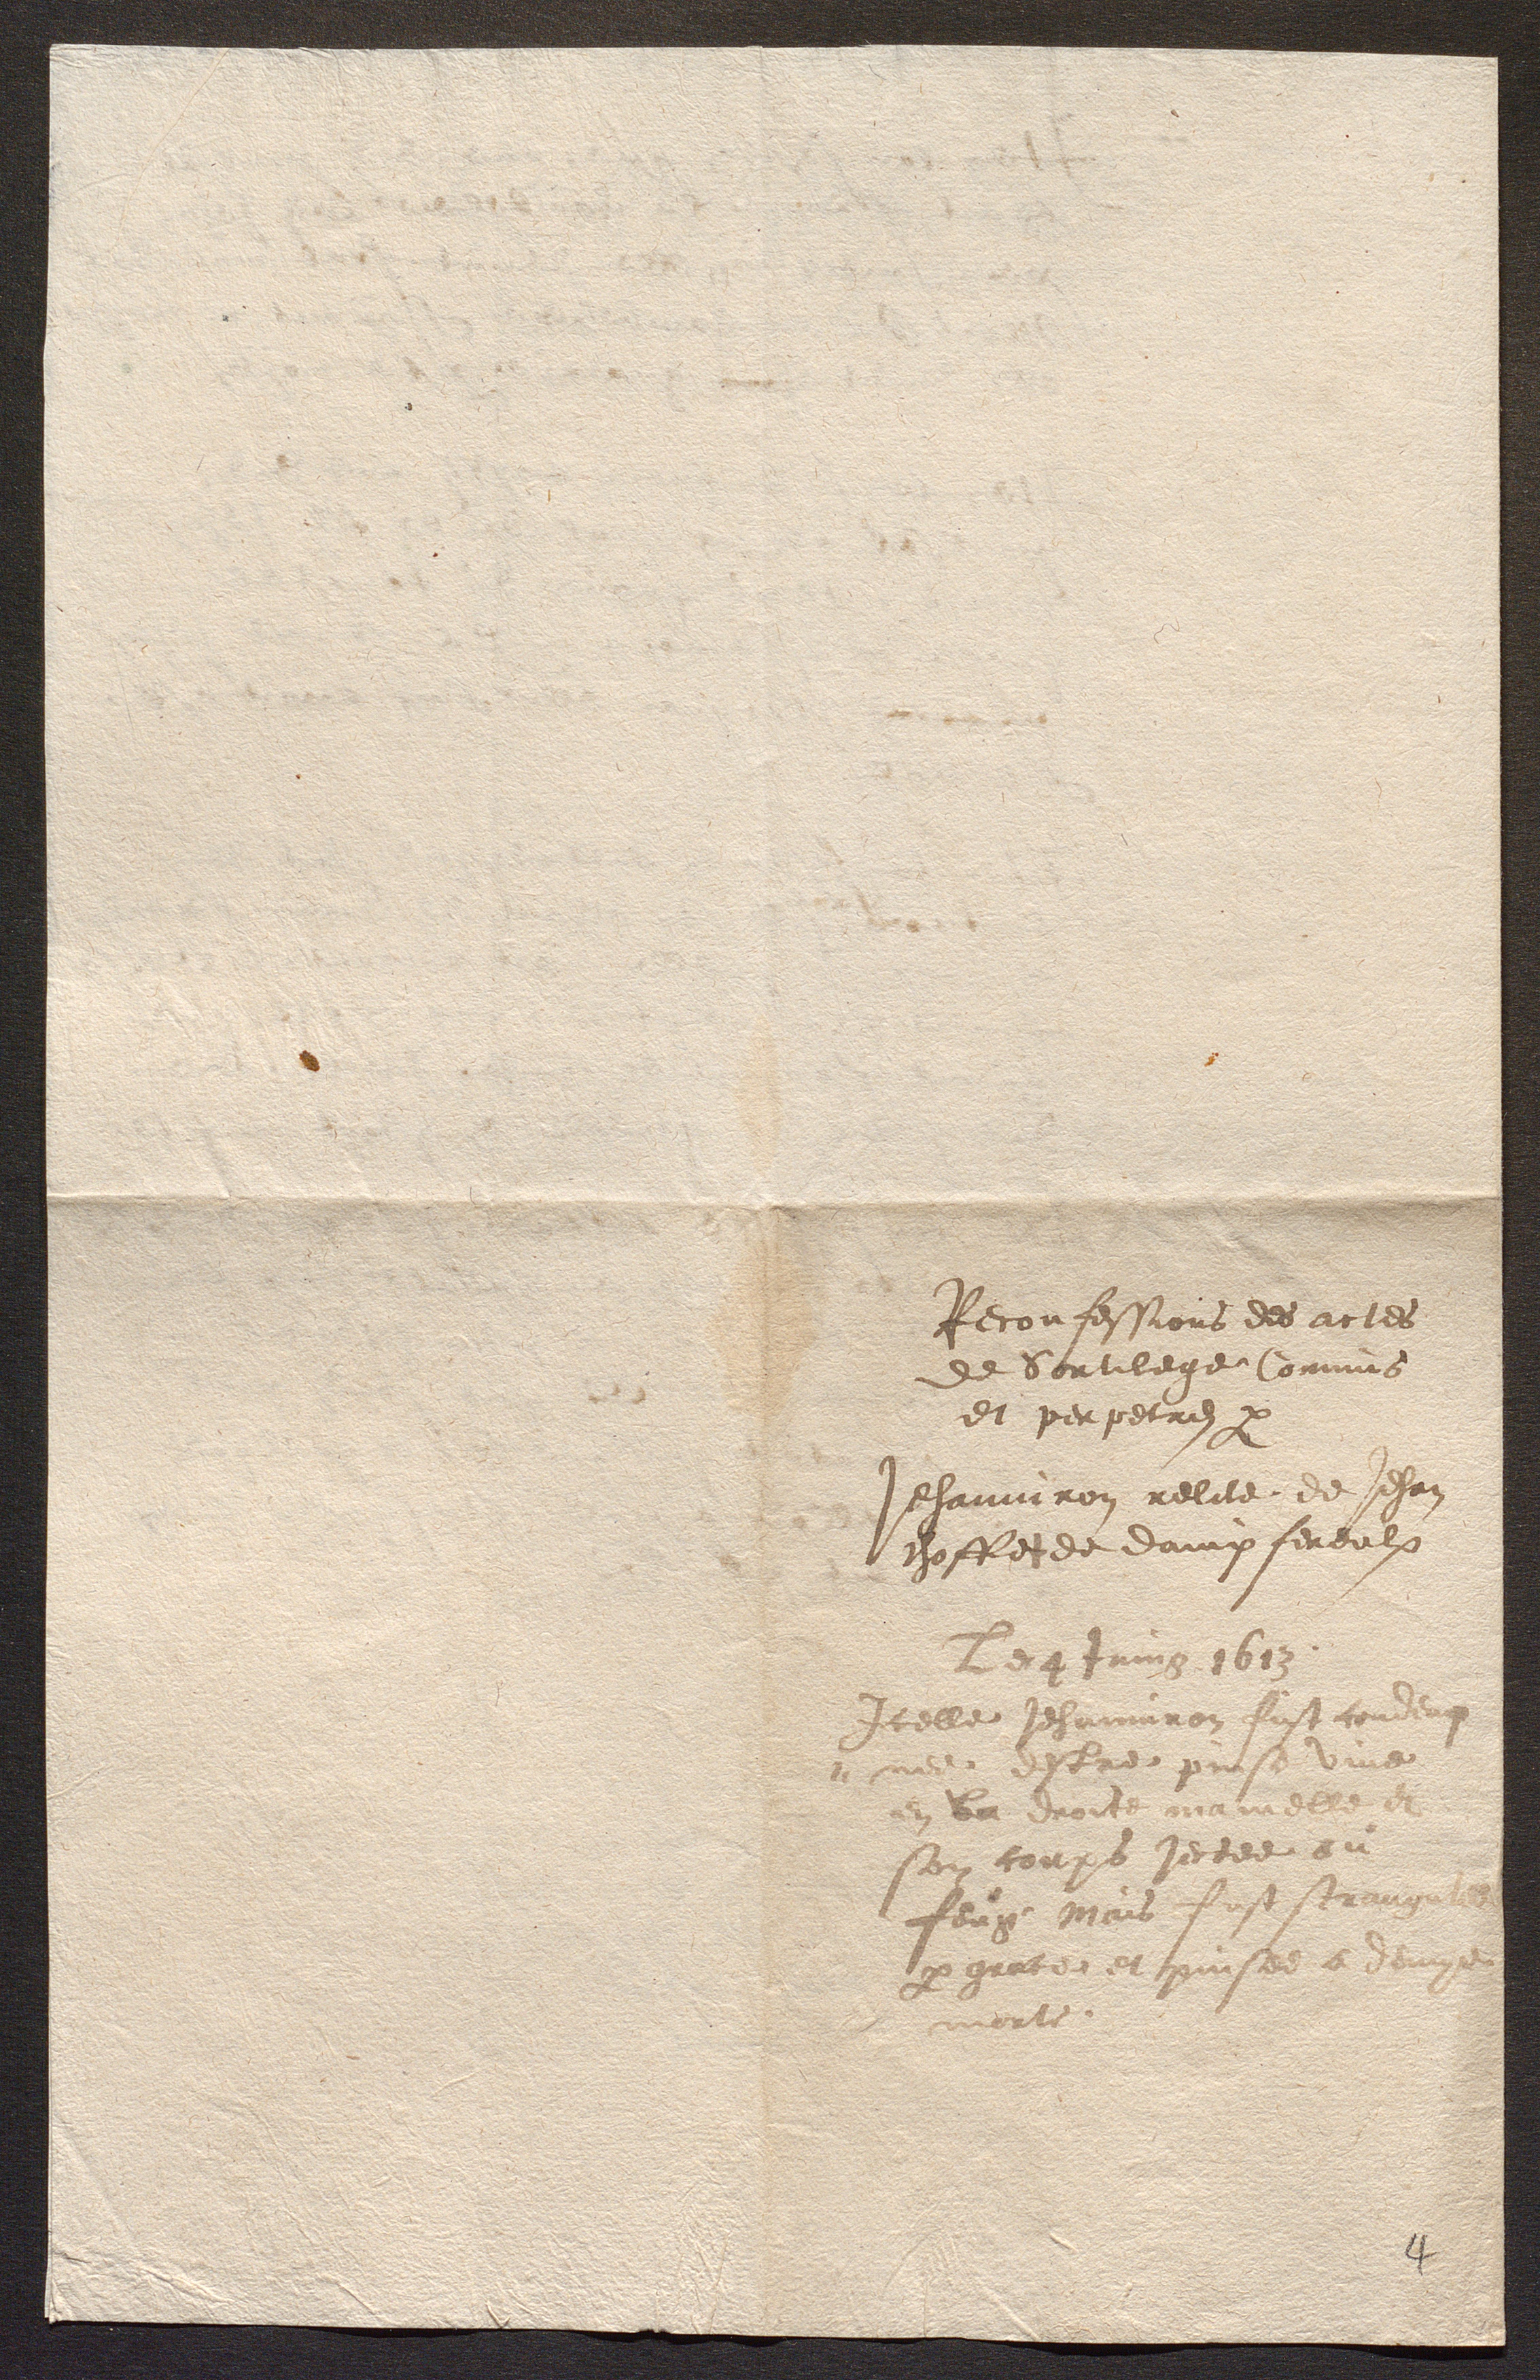
Reconfessions des actes
de Sortilege, Commis
et perpetres a
Jehanniron relite de Jehan
choffesde dampfereulx
Legtuing 1613
Icelle Jehanniron fust conderi
mer estre prise vine
en la droite mainelle et
son conps jectee au
feuy, Mais fust strang
par grace et puisee a dempe
morte